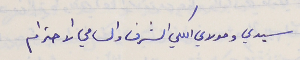
سيدي ومولاي الكلي الشرف والسامي الاحترام